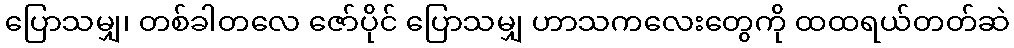
ပြောသမျှ၊ တစ်ခါတလေ ဇော်ပိုင် ပြောသမျှ ဟာသကလေးတွေကို ထထရယ်တတ်ဆဲ